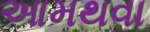
આમથવા